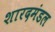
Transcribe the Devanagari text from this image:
शारदमंडल